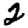
Digit: 2